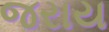
જરાય